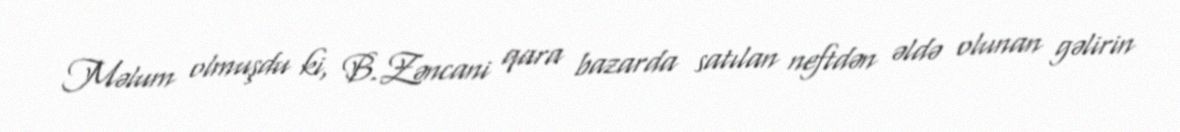
Məlum olmuşdu ki, B.Zəncani qara bazarda satılan neftdən əldə olunan gəlirin